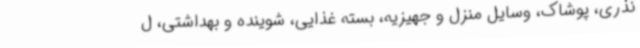
نذری، پوشاک، وسایل منزل و جهیزیه، بسته غذایی، شوینده و بهداشتی، ل